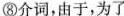
⑧介词，由于，为了